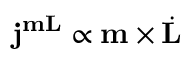
\mathbf { j } ^ { \mathbf { m L } } \propto \mathbf { m } \times \dot { \mathbf { L } }